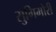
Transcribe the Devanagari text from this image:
सुगिमोरी